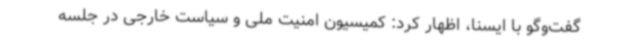
گفت‌وگو با ایسنا، اظهار کرد: کمیسیون امنیت ملی و سیاست خارجی‌ در جلسه